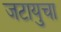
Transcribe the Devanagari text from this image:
जटायुचा